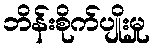
ဘိန်းစိုက်ပျိုးမှု